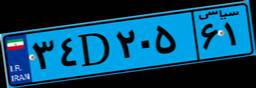
۵۵D۵۶۸۲۹